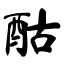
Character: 酤